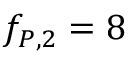
f _ { P , 2 } = 8